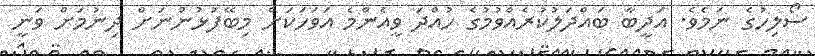
ސޯލިހުގެ ނަމެވެ. އަދީބާ ބައްދަލުކުރެއްވުމުގެ ހުއްދަ ވީއެންމެ އަވަހަކަށް މިބޭފުޅުންނަށް ދިނުމަށް ވަނީ